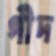
গীদ